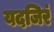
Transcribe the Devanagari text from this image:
यदजिरं